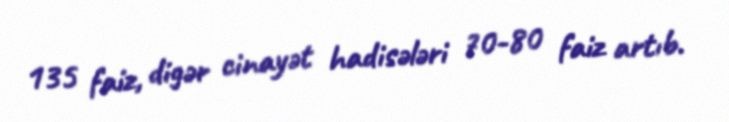
135 faiz, digər cinayət hadisələri 70-80 faiz artıb.